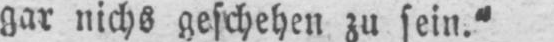
gar nichs geschehen zu sein.“